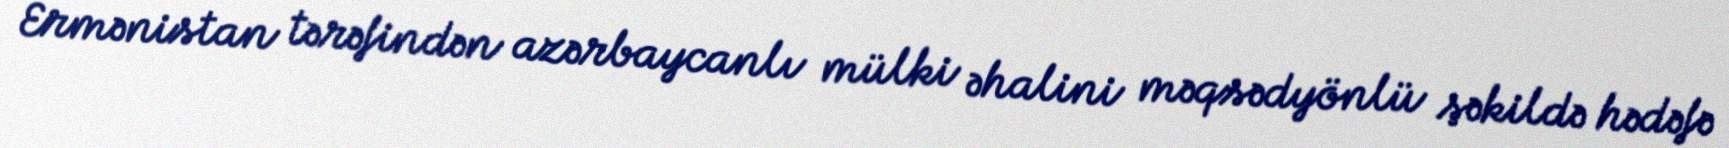
Ermənistan tərəfindən azərbaycanlı mülki əhalini məqsədyönlü şəkildə hədəfə